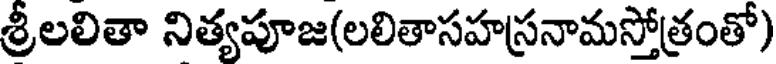
శ్రీలలితా నిత్యపూజ(లలితాసహస్రనామస్తోత్రంతో)